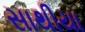
સાથીયા